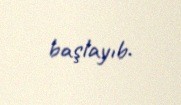
başlayıb.